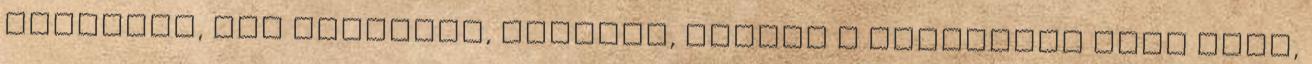
egyikkel, épp odaértem, addigra, amikor a délutános ment haza,